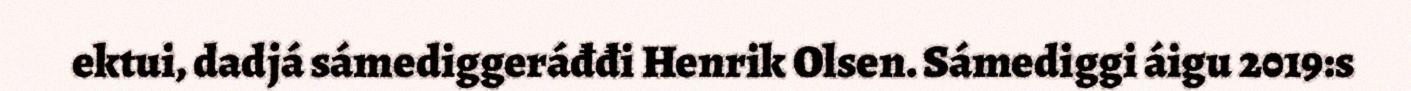
ektui, dadjá sámediggeráđđi Henrik Olsen. Sámediggi áigu 2019:s